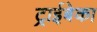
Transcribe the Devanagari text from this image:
ट्राईबेका